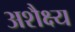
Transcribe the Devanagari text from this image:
अशैक्ष्य